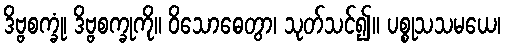
ဒိဗ္ဗစက္ခုံ၊ ဒိဗ္ဗစက္ခုကို။ ဝိသောဓေတွာ၊ သုတ်သင်၍။ ပစ္စုသသမယေ၊